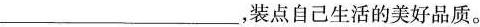
___，装点自己生活的美好品质。